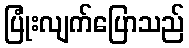
ပြုံးလျက်ပြောသည်